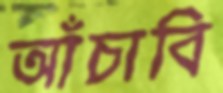
আঁচাবি